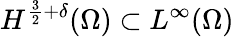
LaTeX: H^{\frac{3}{2}+\delta}(\Omega)\subset L^{\infty}(\Omega)